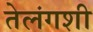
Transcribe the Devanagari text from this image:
तेलंगशी